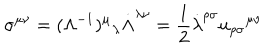
\sigma ^ { \mu \nu } = ( \Lambda ^ { - 1 } ) ^ { \mu } \hspace { 0 . 1 m m } _ { \lambda } \dot { \Lambda } ^ { \lambda \nu } = \frac { 1 } { 2 } \dot { \lambda } ^ { \rho \sigma } u _ { \rho \sigma } \hspace { 0 . 1 m m } ^ { \mu \nu }